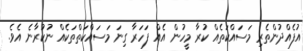
އުފެއްދުންތެރި މަސައްކަތެއް ކުރާ މީހުން އެއް ފަހަރާ ގިނަ މަސައްކަތްތަކެއް ނުކުރާނެ އެވެ.